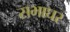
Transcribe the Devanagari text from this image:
सभाघर